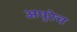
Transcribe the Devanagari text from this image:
अपुरेच